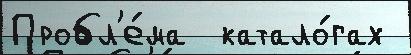
Пробл'е́ма  катало́гах